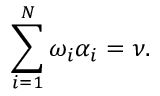
\sum _ { i = 1 } ^ { N } \omega _ { i } \alpha _ { i } = \nu .